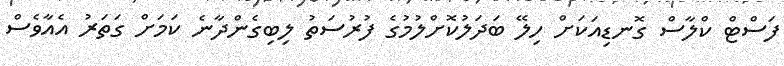
ފަސްޓް ކްލާސް ގޮނޑިއަކަށް ހިލޭ ބަދަލުކޮށްލުމުގެ ފުރުސަތު ލިބިގެންދާނެ ކަމަށް ގަތަރު އެއާވެސް